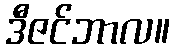
ဒီဇင်ဘာလ။